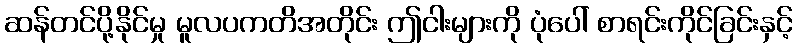
ဆန်တင်ပို့နိုင်မှု မူလပကတိအတိုင်း ဤငါးများကို ပုံပေါ် စာရင်းကိုင်ခြင်းနှင့်